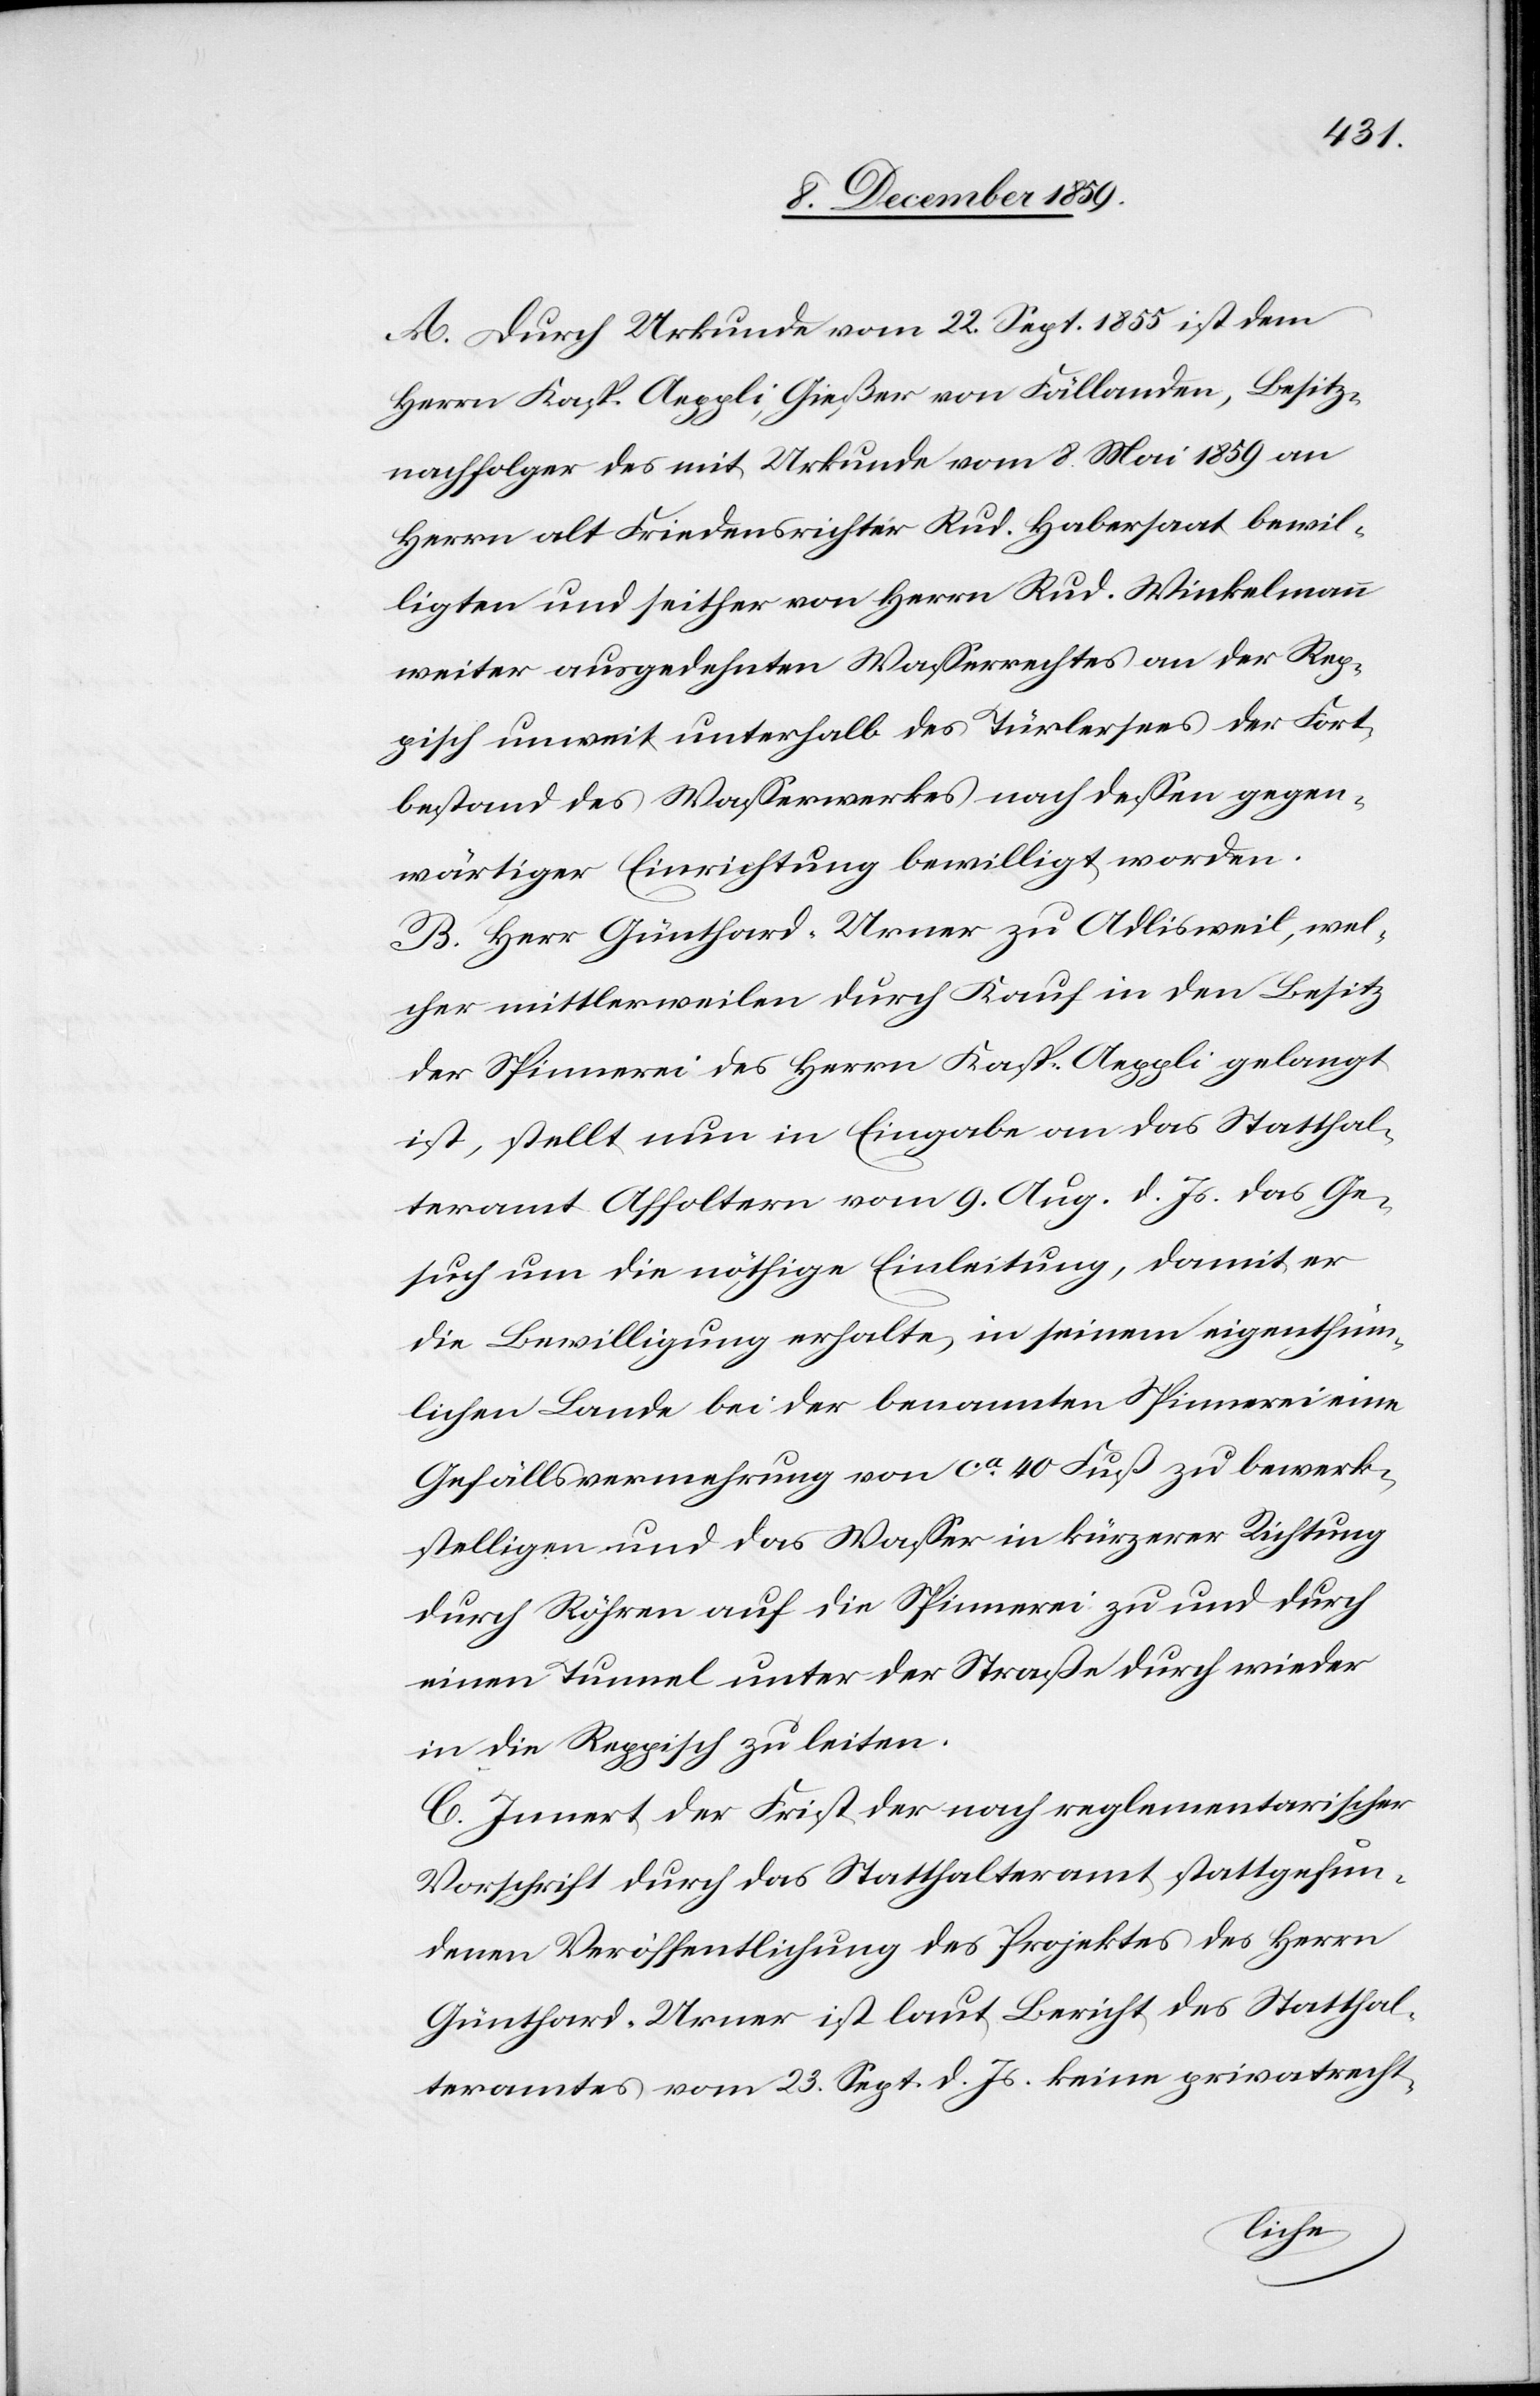
A. Durch Urkunde vom 22. Sept. 1855 ist dem
Herrn Kasp. Aeppli, Gießer von Fällanden, Besitz¬
nachfolger des mit Urkunde vom 8. Mai 1859 an
Herrn alt Friedensrichter Rud. Habersaat bewil¬
ligten und seither von Herrn Rud. Winkelmann
weiter ausgedehnten Wasserrechtes an der Rep¬
pisch unweit unterhalb des Türlersees der Fort¬
bestand des Wasserwerkes nach dessen gegen¬
wärtiger Einrichtung bewilligt worden.
B. Herr Günthard-Urner zu Adlisweil, wel¬
cher mittlerweile durch Kauf in den Besetz
der Spinnerei des Herrn Kasp. Aeppli gelangt
ist, stellt nun in Eingabe an das Statthal¬
teramt Affoltern vom 9. Aug. d. Js. das Ge¬
such um die nöthige Einleitung, damit er
die Bewilligung erhalte, seinem eigenthüm¬
lichen Lande bei der benannten Spinnerei eine
Gefällsvermehrung von ca 40 Fuß zu bewerk¬
stelligen und das Wasser ich kürzerer Richtung
durch Röhren auf die Spinnerei zu und durch
einen Tunnel unter der Straße durch wieder
in die Reppisch zu leiten.
C. Innert der Frist der nach reglementarischer
Vorschrift durch das Statthalteramt stattgefun¬
denen Veröffentlichung des Projektes des Herrn
Günthard-Urner ist laut Bericht des Statthal¬
teramtes vom 23. Sept. d. Js. keine privatrecht-